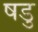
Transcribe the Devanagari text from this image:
षडु